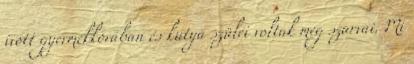
ivott gyermekkorában és kutya szülei voltak meg szarvai. Mi